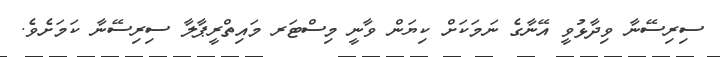
ސިރިސޭނާ ވިދާޅުވީ އޭނާގެ ނަމަކަށް ކިޔަން ވާނީ މިސްޓަރ މައިތްރީޕާލާ ސިރިސޭނާ ކަމަށެވެ.